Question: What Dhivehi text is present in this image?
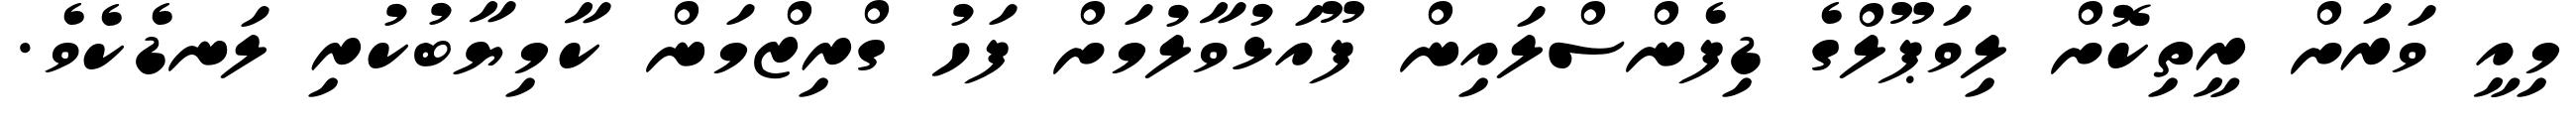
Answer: މިއީ ވަރަށް ރީތިކޮށް ލިވަޕޫލްގެ ޑިފެންސްލައިން ފޫއަޅުވާލުމަށް ފަހު ގްރިޒްމަން ކާމިޔާބުކުރި ލަނޑެކެވެ.